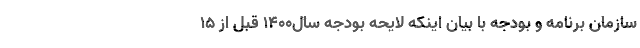
سازمان برنامه و بودجه با بیان اینکه لایحه بودجه سال۱۴۰۰ قبل از ۱۵